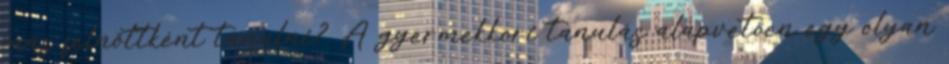
más felnőttként tanulni? A gyermekkori tanulás alapvetően egy olyan